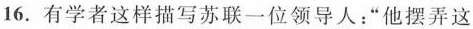
16. 有学者这样描写苏联一位领导人：“他摆弄这